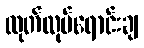
ထုတ်လုပ်ရောင်းချ